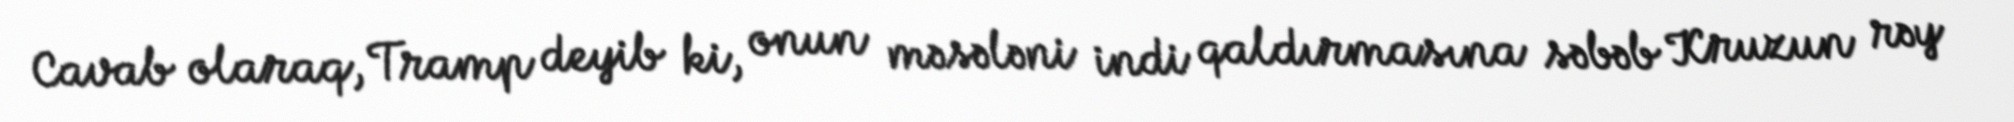
Cavab olaraq, Tramp deyib ki, onun məsələni indi qaldırmasına səbəb Kruzun rəy